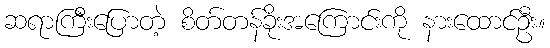
ဆရာကြီးပြောတဲ့ စိတ်တန်ခိုးအကြောင်းကို နားထောင်ဦး။